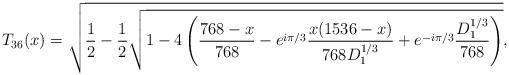
LaTeX: \begin{align*}T_{36}(x)=\sqrt{\frac{1}{2}-\frac{1}{2}\sqrt{1-4\left(\frac{768-x}{768}-e^{i\pi/3}\frac{x(1536-x)}{768D_1^{1/3}}+e^{-i\pi/3}\frac{D_1^{1/3}}{768}\right)}},\end{align*}